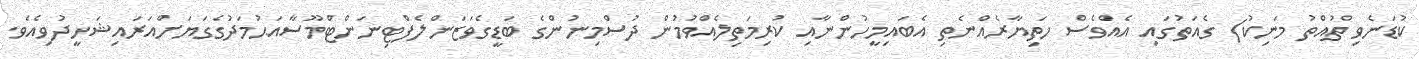
ކުޑަނެވި ތުއްތު މަނިކު) ގެއަތުގައި އެއްވެސް ހަތިޔާރެއްނެތި އެބައިމީހުންނާއި ކުރިމަތިލެއްވުމުން ދުސްމިނުންގެ ބަޑީގެވަޒަންލެފްޓިނަންޓްމޫސާއަޙުމަދުގެގަޔަށްއަރައިޝަހީދުވިއެވެ.